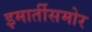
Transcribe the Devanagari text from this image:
इमार्तीसमोर